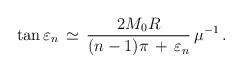
LaTeX: \begin{align*}\tan\varepsilon_n\,\simeq\,\frac{2M_0R}{(n-1)\pi\,+\,\varepsilon_n}\,\mu^{-1}\,{.}\end{align*}